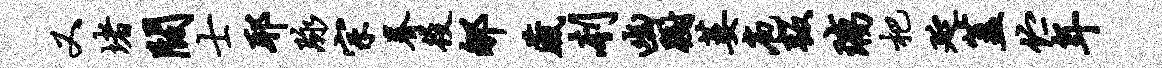
又堵阔士耶脉宗眷役郇藏刳幽蹰萎庖叛璃杷延盖伫年